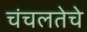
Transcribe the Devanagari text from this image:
चंचलतेचे